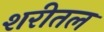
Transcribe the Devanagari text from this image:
शरीतल